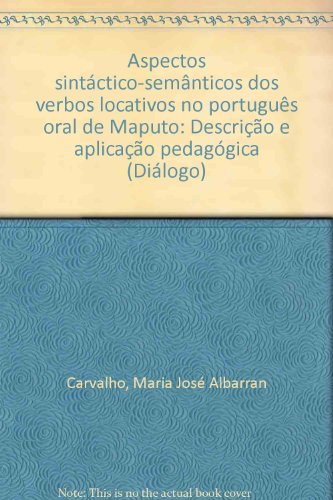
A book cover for Aspectos sintactico-semanticos dos verbos locativos no portugues oral de Maputo: Descricao e aplicacao pedagogica (Dialogo) (Portuguese Edition); Maria Jose Albarran Carvalho; Travel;